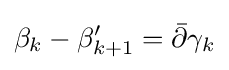
\beta _{k}-\beta '_{k+1}={\bar {\partial }}\gamma _{k}